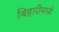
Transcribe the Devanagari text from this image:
बिहारीमध्ये